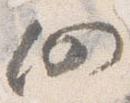
仍